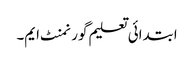
ابتدائی تعلیم گورنمنٹ ایم۔